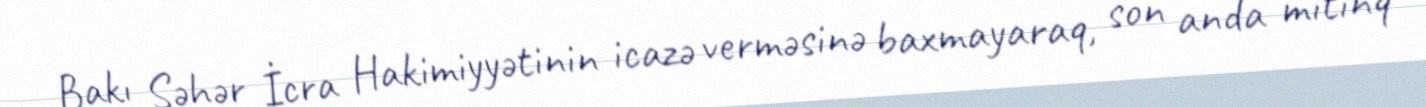
Bakı Şəhər İcra Hakimiyyətinin icazə verməsinə baxmayaraq, son anda mitinq